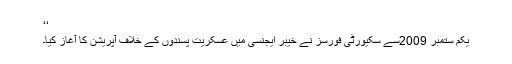
‘‘
یکم ستمبر 2009سے سکیورٹی فورسز نے خیبر ایجنسی میں عسکریت پسندوں کے خلاف آپریشن کا آغاز کیا۔